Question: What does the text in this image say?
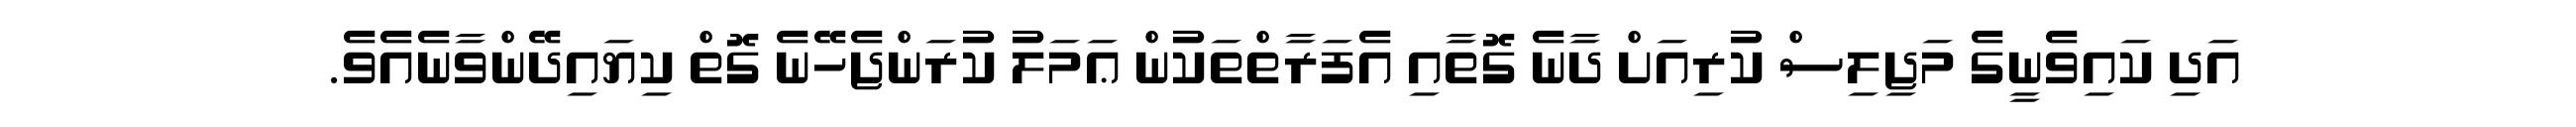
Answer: އަދި ކައިވެނީގެ މަޖިލިސް ކުރިއަށް ދާނެ ގޮތާއި އެފަރާތްތަކުން ޢަމަލު ކުރަންޖެހޭނެ ގޮތް ކިޔައިދޭންވާނެއެވެ.